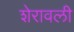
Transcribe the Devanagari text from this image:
शेरावली